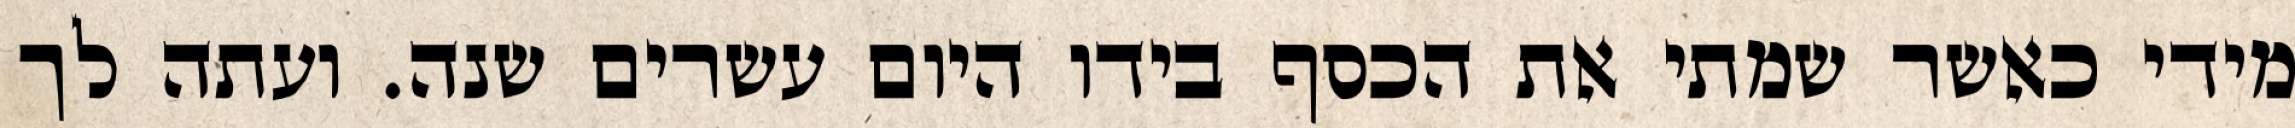
מידי כאשר שמתי את הכסף בידו היום עשרים שנה. ועתה לך